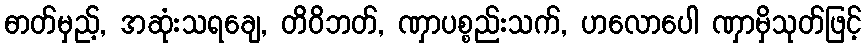
ဓာတ်မှည့်, အဆုံးသရချေ, တိဝိဘတ်, ဏှာပစ္စည်းသက်, ဟလောပေါ ဏှာမှိသုတ်ဖြင့်